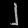
Digit: ၂